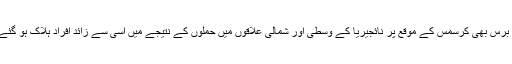
گزشتہ برس بھی کرسمس کے موقع پر نائجیریا کے وسطی اور شمالی علاقوں میں حملوں کے نتیجے میں اسّی سے زائد افراد ہلاک ہو گئے تھے۔